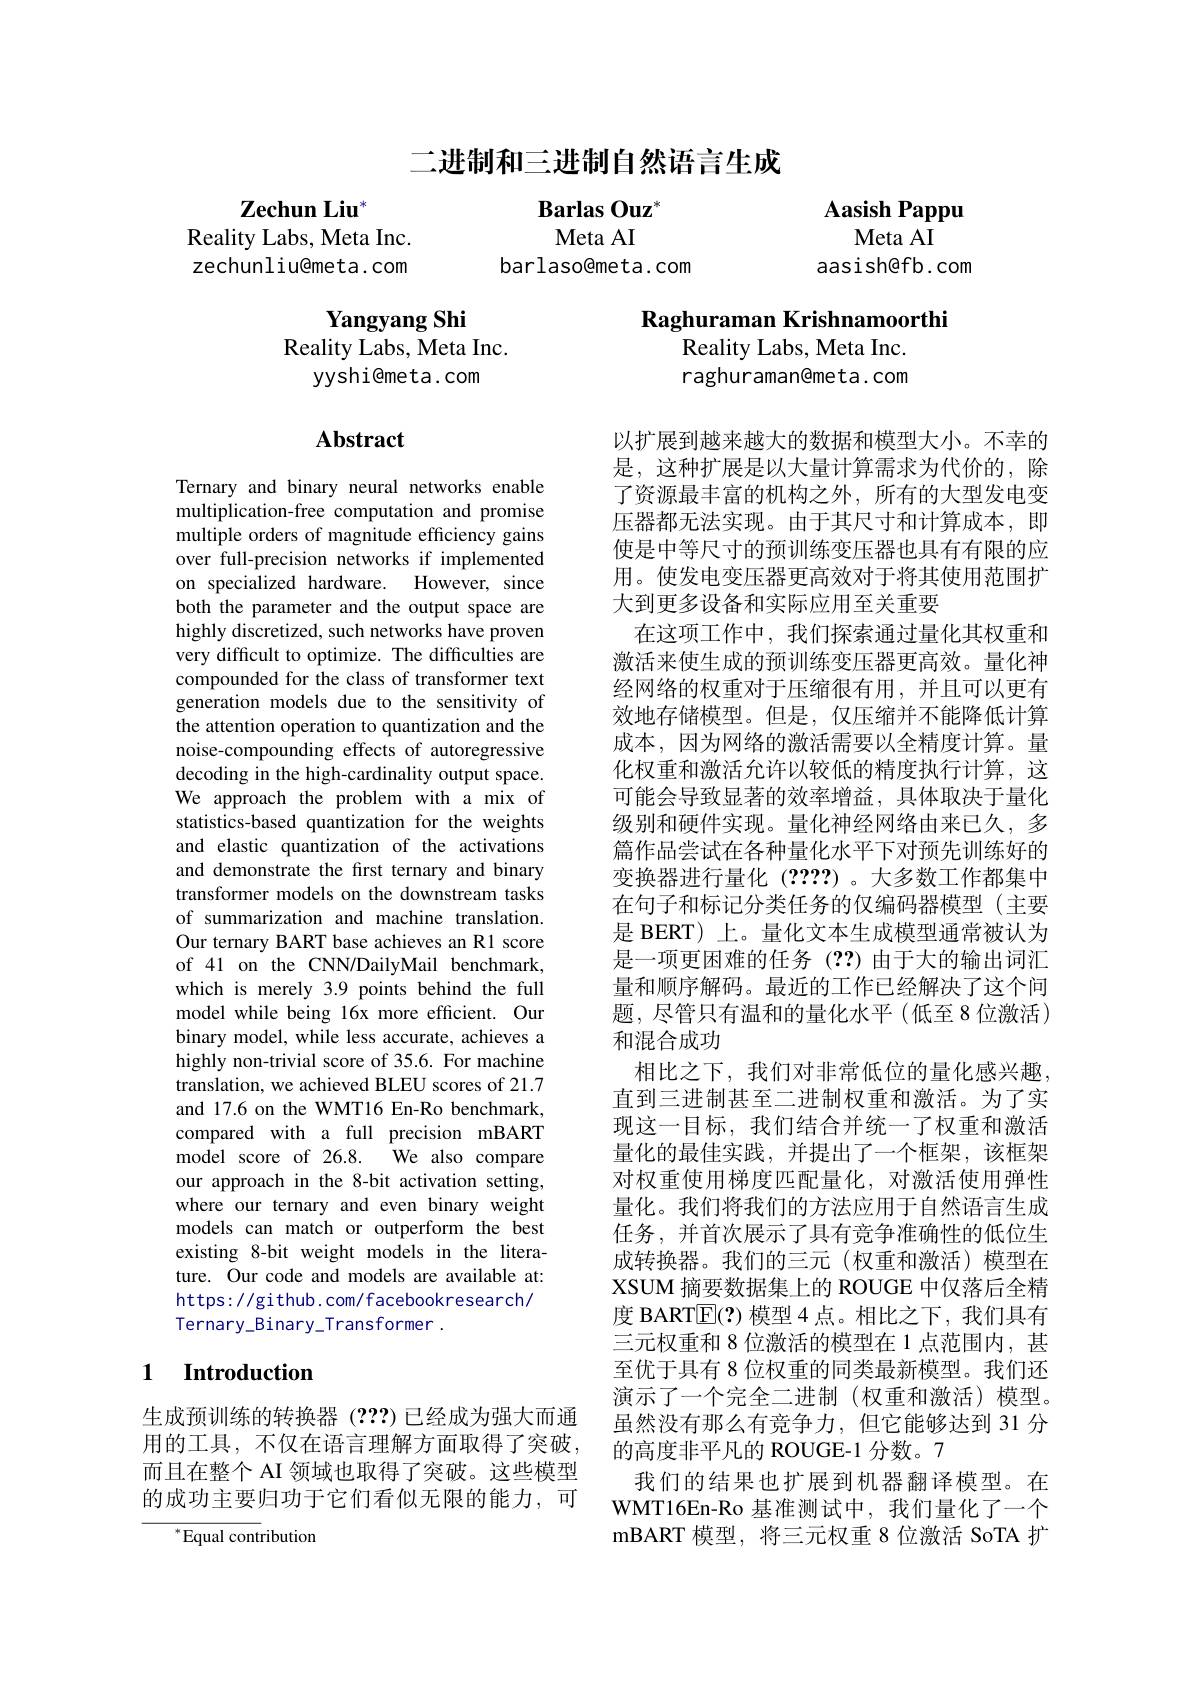
二进制和三进制自然语言生成

$\mathbf{Zechun~Liu}^*$
Reality Labs, Meta Inc. zechunliu@meta.com

Barlas Ouz" Meta AI
barlaso@meta.com

Aasish Pappu
Meta AI
aasish@fb.com

Raghuraman Krishnamoorthi

Yangyang Shi
Reality Labs, Meta Inc.
yyshi@meta.com

Reality Labs, Meta Inc. raghuraman@meta.com

## $\mathbf{Abstract}$

Ternary and binary neural networks enable multiplication-free computation and promise multiple orders of magnitude efficiency gains over full-precision networks if implemented on specialized hardware. However, since both the parameter and the output space are highly discretized, such networks have proven very difficult to optimize. The difficulties are compounded for the class of transformer text generation models due to the sensitivity of the attention operation to quantization and the noise-compounding effects of autoregressive decoding in the high-cardinality output space. We approach the problem with a mix of statistics-based quantization for the weights and elastic quantization of the activations and demonstrate the first ternary and binary transformer models on the downstream tasks of summarization and machine translation. Our ternary BART base achieves an R1 score of 41 on the CNN/DailyMail benchmark, which is merely 3.9 points behind the full model while being 16x more efficient. Our binary model, while less accurate, achieves a highly non-trivial score of 35.6. For machine translation, we achieved BLEU scores of 21.7 and 17.6 on the WMT16 En-Ro benchmark, compared with a full precision mBART model score of 26.8. We also compare our approach in the 8-bit activation setting, where our ternary and even binary weight models can match or outperform the best existing 8-bit weight models in the literature. Our code and models are available at: https: / / gi thub. com/ f acebookresearch/ Ternary\_Binary\_Transformer.

以扩展到越来越大的数据和模型大小。不幸的是，这种扩展是以大量计算需求为代价的，除了资源最丰富的机构之外，所有的大型发电变压器都无法实现。由于其尺寸和计算成本，即使是中等尺寸的预训练变压器也具有有限的应用。使发电变压器更高效对于将其使用范围扩大到更多设备和实际应用至关重要
在这项工作中，我们探索通过量化其权重和激活来使生成的预训练变压器更高效。量化神经网络的权重对于压缩很有用，并且可以更有效地存储模型。但是，仅压缩并不能降低计算成本，因为网络的激活需要以全精度计算。量化权重和激活允许以较低的精度执行计算，这可能会导致显著的效率增益，具体取决于量化级别和硬件实现。量化神经网络由来已久，多篇作品尝试在各种量化水平下对预先训练好的变换器进行量化(????)。大多数工作都集中在句子和标记分类任务的仅编码器模型(主要是 BERT) 上。量化文本生成模型通常被认为是一项更困难的任务(??)由于大的输出词汇量和顺序解码。最近的工作已经解决了这个问题，尽管只有温和的量化水平(低至8位激活) 和混合成功
相比之下，我们对非常低位的量化感兴趣， 直到三进制甚至二进制权重和激活。为了实现这一目标，我们结合并统一了权重和激活量化的最佳实践，并提出了一个框架，该框架对权重使用梯度匹配量化，对激活使用弹性量化。我们将我们的方法应用于自然语言生成任务，并首次展示了具有竞争准确性的低位生成转换器。我们的三元(权重和激活)模型在XSUM 摘要数据集上的 ROUGE 中仅落后全精度 BART$\overline{\mathrm{E}}(?)$模型 4 点。相比之下，我们具有三元权重和 8 位激活的模型在 1 点范围内，甚至优于具有 8 位权重的同类最新模型。我们还演示了一个完全二进制(权重和激活)模型。虽然没有那么有竞争力，但它能够达到 31 分的高度非平凡的 ROUGE-1 分数。7
我们的结果也扩展到机器翻译模型。在WMT16En-Ro 基准测试中，我们量化了一个mBART 模型，将三元权重 8 位激活 SoTA 扩

### 1 $\textbf{Introduction}$

生成预训练的转换器(???)已经成为强大而通用的工具，不仅在语言理解方面取得了突破， 而且在整个 AI 领域也取得了突破。这些模型的成功主要归功于它们看似无限的能力，可

${^*}{\mathrm{Equal~cont}}$ribution